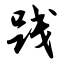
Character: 践